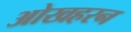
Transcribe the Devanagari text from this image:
ओखहरन